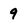
Character: 9